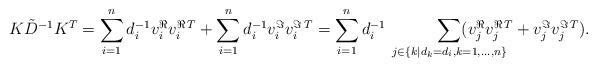
LaTeX: \begin{align*}K\tilde{D}^{-1}K^T&=\sum_{i=1}^n d_i^{-1} v_i^{\Re}v_i^{\Re\,T}+\sum_{i=1}^n d_i^{-1} v_i^{\Im}v_i^{\Im\,T} =\sum_{i=1}^n d_i^{-1}\qquad~~~ \sum_{\mathclap{j\in \{k|d_k=d_i,k=1,\ldots,n\}}} (v_j^{\Re}v_j^{\Re\,T}+v_j^{\Im}v_j^{\Im\,T}). \end{align*}